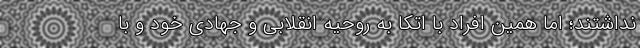
نداشتند؛ اما همین افراد با اتکا به روحیه انقلابی و جهادی خود و با